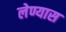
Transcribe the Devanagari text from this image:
लेण्यास